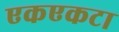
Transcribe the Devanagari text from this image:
एकएकटा